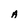
Character: A